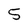
Character: 5